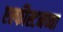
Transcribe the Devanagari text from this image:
एल्फीस्टनच्या